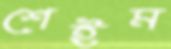
শেইম